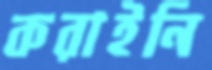
করাইনি